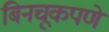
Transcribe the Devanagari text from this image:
बिनचूकपणे